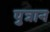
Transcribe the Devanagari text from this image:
पुत्रान